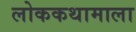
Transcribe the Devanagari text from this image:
लोककथामाला